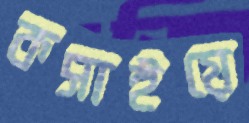
কসাইয়ে